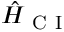
\hat { H } _ { \mathrm { ~ C ~ I ~ } }